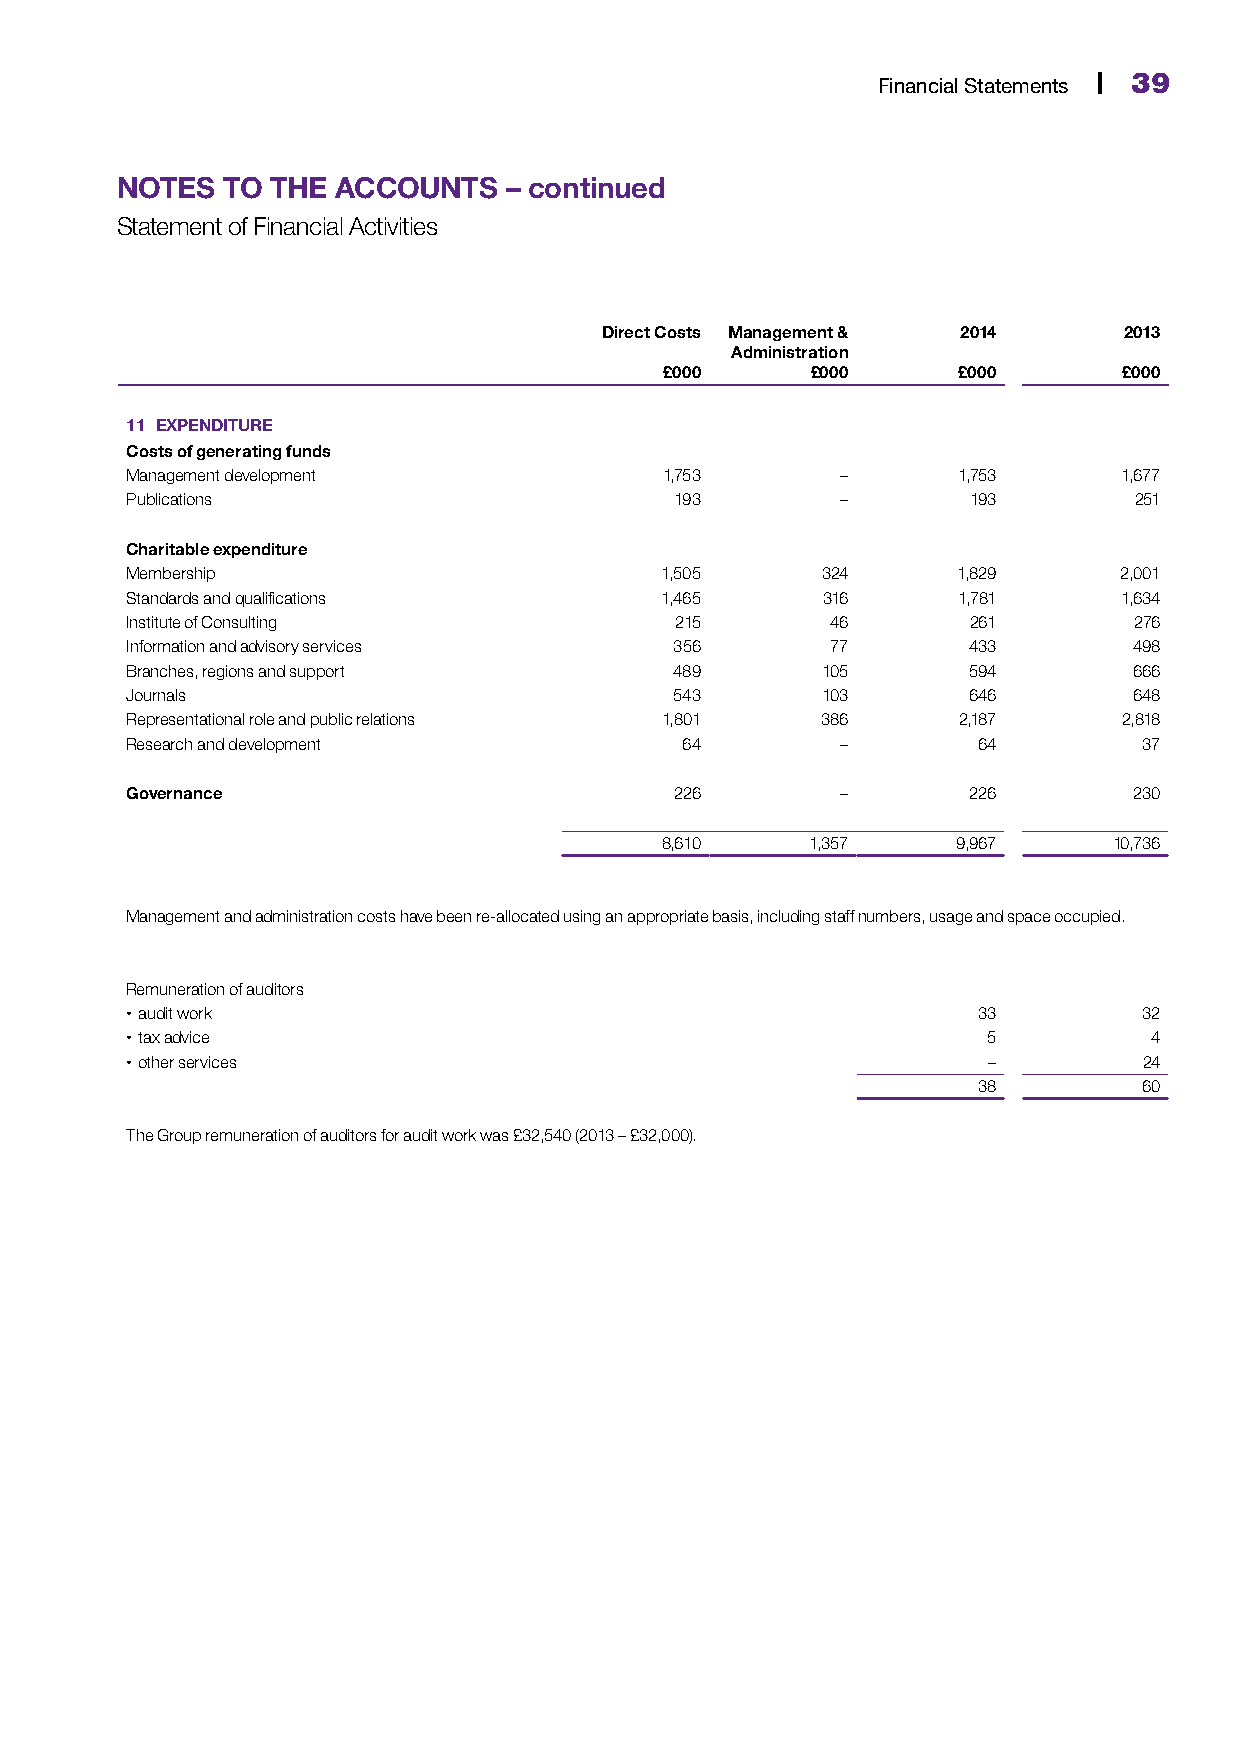
38 | CMI Annual Report & Accounts 2014                    Financial Statements | 39
 NOTES  TO THE ACCOUNTS   – continued
 Statement of Financial Activities
 Direct Costs Management & 2014    2013
 Administration
 £000      £000     £000       £000
 11 EXPENDITURE
 Costs of generating funds
 Management development              1,753       –      1,753      1,677
 Publications                         193        –       193        251
 Charitable expenditure
 Membership                          1,505     324      1,829      2,001
 Standards and qualifications        1,465     316      1,781      1,634
 Institute of Consulting              215       46       261        276
 Information and advisory services    356       77       433        498
 Branches, regions and support        489      105       594        666
 Journals                             543      103       646        648
 Representational role and public relations 1,801 386   2,187      2,818
 Research and development             64         –        64         37
 Governance                           226        –       226        230
 8,610     1,357    9,967      10,736
 Management and administration costs have been re-allocated using an appropriate basis, including staff numbers, usage and space occupied.
 Remuneration of auditors
  audit work                                             33         32
  tax advice                                             5          4
  other services                                         –          24
 38         60
 The Group remuneration of auditors for audit work was £32,540 (2013 – £32,000).